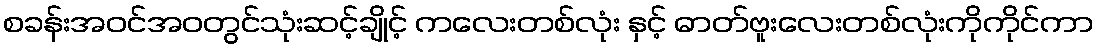
စခန်းအဝင်အဝတွင်သုံးဆင့်ချိုင့် ကလေးတစ်လုံး နှင့် ဓာတ်ဗူးလေးတစ်လုံးကိုကိုင်ကာ